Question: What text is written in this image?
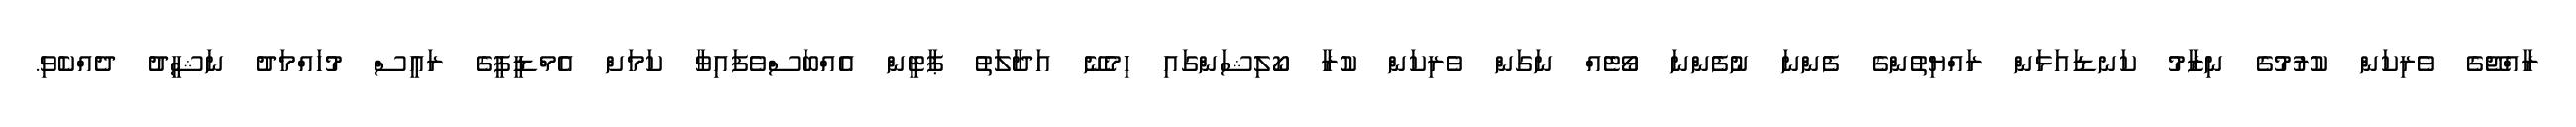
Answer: ރާއްޖޭގެ ވެރިކަން ކުރުމުގެ ނިޒާމު ކަނޑައަޅަން ރައްޔިތުންގެ ފެންނަ ނުފެންނަ ވޯޓެއް ނަގަން ވެރިކަން ކުރާ ކޯލިޝަންގައި ހިމެނޭ އަދާލަތު ޕާޓީން އެއްބަސްވެފައިވާ ކަމަށް އެމްޑީޕީގެ ރައީސް މުހައްމަދު ނަޝީދު ދެއްކެވި.